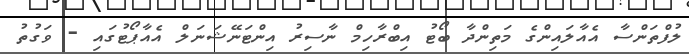
ލުފްތަންސާ އެއާލައިންގެ މަތިންދާ ބޯޓު އިބްރާހިމް ނާސިރު އިންޓަނޭޝަނަލް އެއާޕޯޓުގައި - ވަގުތު